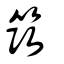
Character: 筑